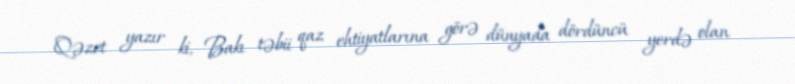
Qəzet yazır ki, Bakı təbii qaz ehtiyatlarına görə dünyada dördüncü yerdə olan